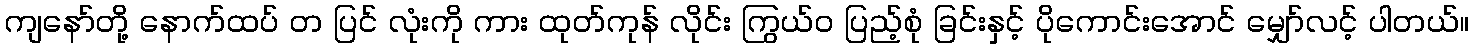
ကျနော်တို့ နောက်ထပ် တ ပြင် လုံးကို ကား ထုတ်ကုန် လိုင်း ကြွယ်ဝ ပြည့်စုံ ခြင်းနှင့် ပိုကောင်းအောင် မျှော်လင့် ပါတယ်။